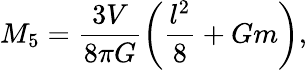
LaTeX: M_{5}=\frac{3V}{8\pi G}\left(\frac{l^{2}}{8}+Gm\right),